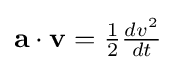
{\textstyle \mathbf {a} \cdot \mathbf {v} ={\frac {1}{2}}{\frac {dv^{2}}{dt}}}